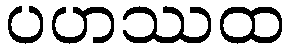
ပဟဿထ